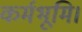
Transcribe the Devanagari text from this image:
कर्मभूमि।